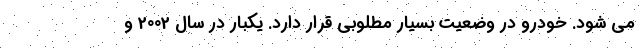
می شود. خودرو در وضعیت بسیار مطلوبی قرار دارد. یکبار در سال 2002 و